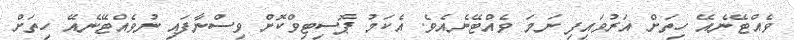
ވެއްޓޭނެއޭ ހިތަށް އަރުުވައިފި ނަމަ ވެއްޓޭނެއެވެ. އެކަމު ޕޮސިޓިވްކޮށް ވިސްނާފައި ނުވެއްޓޭނެއޭ ހިތަށް